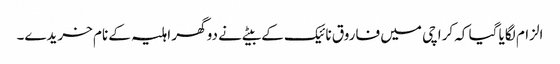
الزام لگایا گیا کہ کراچی میں فاروق نائیک کے بیٹے نے دو گھر اہلیہ کے نام خریدے۔